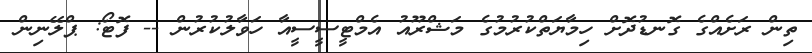
ތިން ރަށެއްގެ ގޮނޑުދޮށް ހިމާޔަތްކުރުމުގެ މަޝްރޫއު އެމްޓީސީސީއާ ހަވާލުކުރުން -- ފޮޓޯ: ޕްލޭނިން